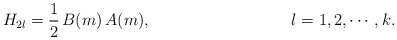
\begin{align*}H_{2l}=\frac{1}{2}\,B(m)\,A(m), \hspace{1.4in} l=1, 2, \cdots, k.\end{align*}